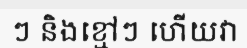
ៗ និងខ្មៅៗ ហើយវា